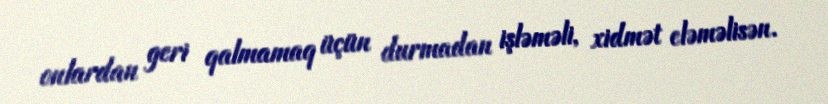
onlardan geri qalmamaq üçün durmadan işləməli, xidmət eləməlisən.